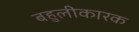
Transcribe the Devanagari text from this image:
बहुलीकारक